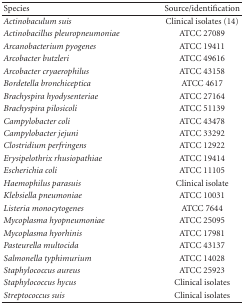
<table><thead><tr><td><b>Species</b></td><td><b>Source/identification</b></td></tr></thead><tbody><tr><td><i>Actinobaculum suis </i></td><td>Clinical isolates (14)</td></tr><tr><td><i>Actinobacillus pleuropneumoniae </i></td><td>ATCC 27089</td></tr><tr><td><i>Arcanobacterium pyogenes </i></td><td>ATCC 19411</td></tr><tr><td><i>Arcobacter butzleri </i></td><td>ATCC 49616</td></tr><tr><td><i>Arcobacter cryaerophilus </i></td><td>ATCC 43158</td></tr><tr><td><i>Bordetella bronchiceptica </i></td><td>ATCC 4617</td></tr><tr><td><i>Brachyspira hyodysenteriae </i></td><td>ATCC 27164</td></tr><tr><td><i>Brachyspira pilosicoli </i></td><td>ATCC 51139</td></tr><tr><td><i>Campylobacter coli </i></td><td>ATCC 43478</td></tr><tr><td><i>Campylobacter jejuni </i></td><td>ATCC 33292</td></tr><tr><td><i>Clostridium perfringens </i></td><td>ATCC 12922</td></tr><tr><td><i>Erysipelothrix rhusiopathiae </i></td><td>ATCC 19414</td></tr><tr><td><i>Escherichia coli </i></td><td>ATCC 11105</td></tr><tr><td><i>Haemophilus parasuis </i></td><td>Clinical isolate</td></tr><tr><td><i>Klebsiella pneumoniae </i></td><td>ATCC 10031</td></tr><tr><td><i>Listeria monocytogenes </i></td><td>ATCC 7644</td></tr><tr><td><i>Mycoplasma hyopneumoniae </i></td><td>ATCC 25095</td></tr><tr><td><i>Mycoplasma hyorhinis </i></td><td>ATCC 17981</td></tr><tr><td><i>Pasteurella multocida </i></td><td>ATCC 43137</td></tr><tr><td><i>Salmonella typhimurium </i></td><td>ATCC 14028</td></tr><tr><td><i>Staphylococcus aureus </i></td><td>ATCC 25923</td></tr><tr><td><i>Staphylococcus hycus </i></td><td>Clinical isolates</td></tr><tr><td><i>Streptococcus suis </i></td><td>Clinical isolates</td></tr></tbody></table>